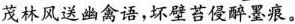
茂林风送幽禽语，\underline{坏壁苔侵醉墨痕}。